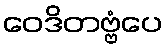
ဝေဒိတဗ္ဗံပေ